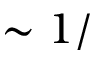
\sim 1 /